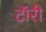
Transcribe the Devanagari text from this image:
टॉरी